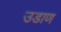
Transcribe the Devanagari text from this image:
उडाण